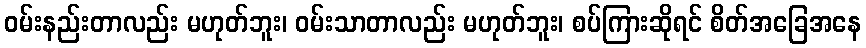
ဝမ်းနည်းတာလည်း မဟုတ်ဘူး၊ ဝမ်းသာတာလည်း မဟုတ်ဘူး၊ စပ်ကြားဆိုရင် စိတ်အခြေအနေ